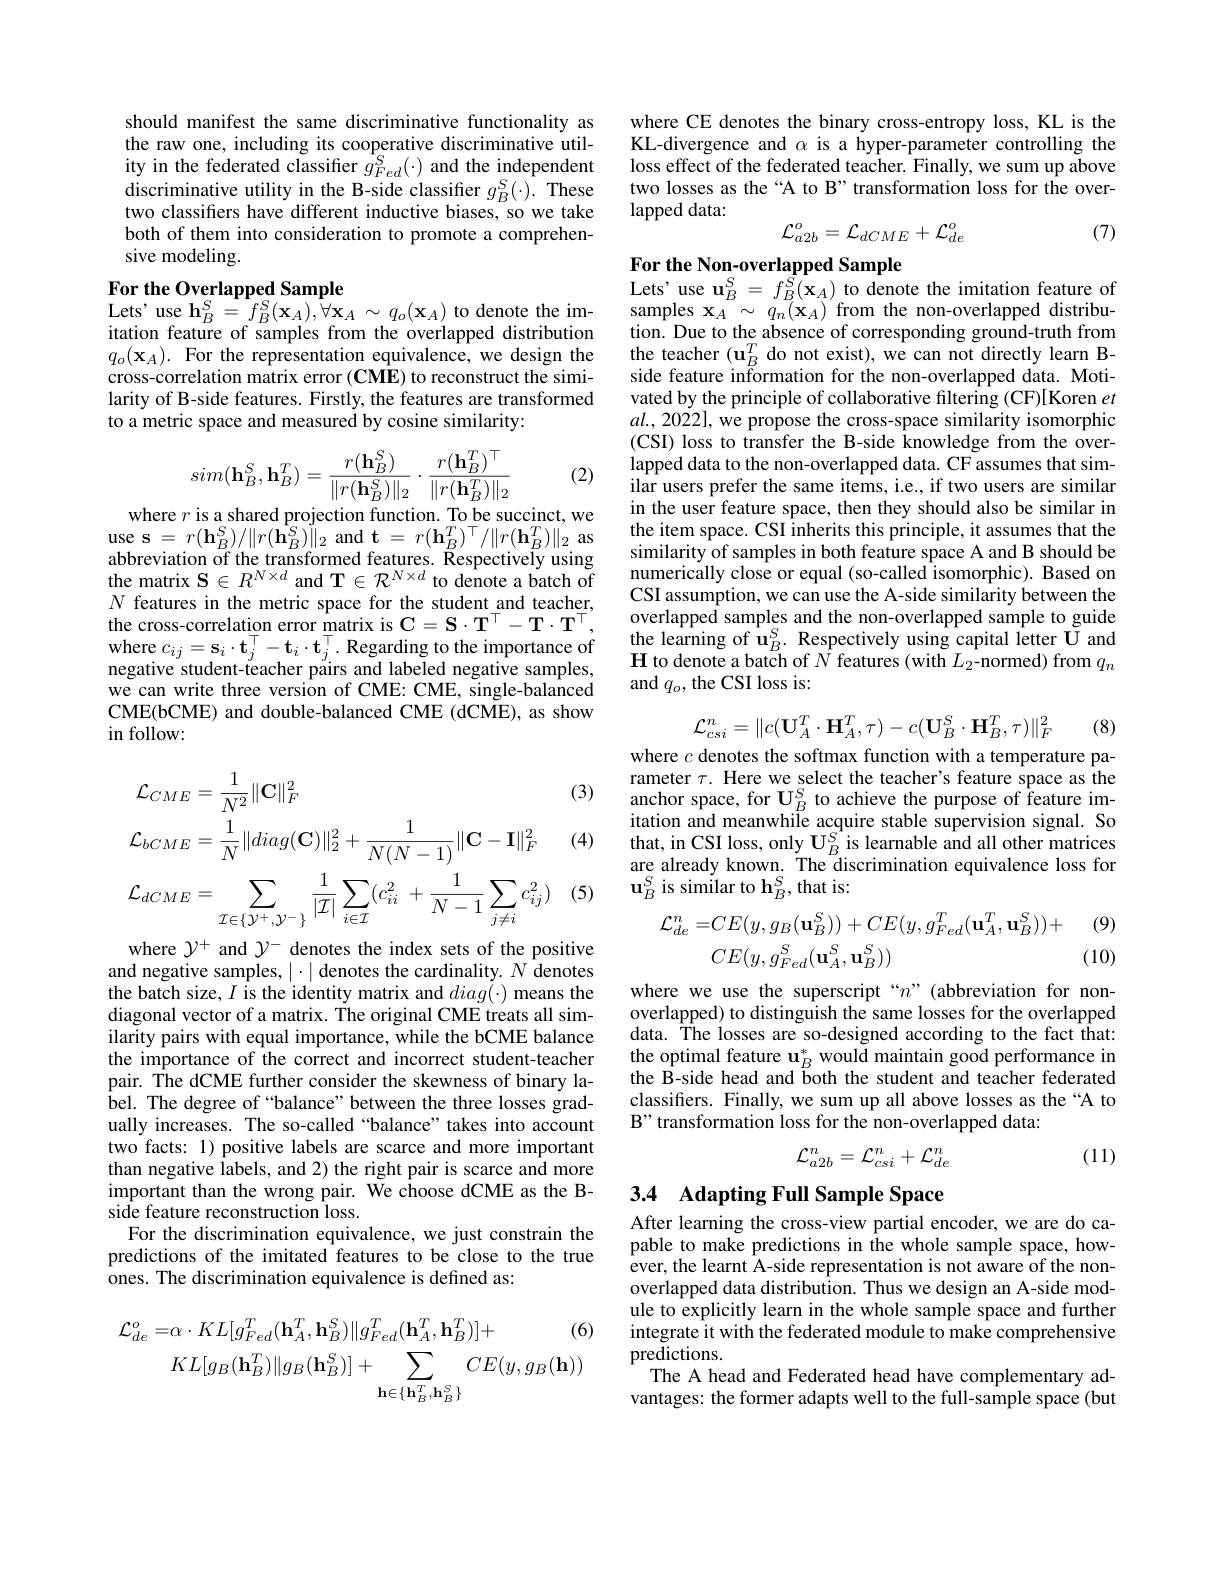
should manifest the same discriminative functionality as the raw one, including its cooperative discriminative utility in the federated classifier $g_{Fed}^{S}(\cdot)$ and the independent $\begin{array}{ll}\mathrm{discriminative~utility~in~the~B-side~classifier~}g_{B}^{S}(\cdot).&\mathrm{These}\\\mathrm{two~classifiers~have~different~inductive~biases,~so~we~take}\end{array}$ both of them into consideration to promote a comprehensive modeling.

## For the Overlapped Sample
$\begin{array}{l}{\mathrm{Lets'use~h}_{B}^{S}=f_{B}^{S}(\mathbf{x}_{A}),\bar{\forall}\mathbf{x}_{A}\sim q_{o}(\mathbf{x}_{A})\text{ to denote the im-}}\\{\mathrm{itation~feature~of~samples~from~the~overlapped~distribution}}\end{array}$

$q_{o}(\mathbf{x}_{A}).$ For the representation equivalence, we design the cross-correlation matrix error $(\mathbf{CME})$ to reconstruct the similarity of B-side features. Firstly, the features are transformed to a metric space and measured by cosine similarity:

(2)
$$sim(\mathbf{h}_B^S,\mathbf{h}_B^T)=\frac{r(\mathbf{h}_B^S)}{\|r(\mathbf{h}_B^S)\|_2}\cdot\frac{r(\mathbf{h}_B^T)^\top}{\|r(\mathbf{h}_B^T)\|_2}$$
where $r$ is a shared projection function. To be succinct, we

$\textbf{use s}= r( \mathbf{h} _{B}^{S}) / \| r( \mathbf{h} _{B}^{S}) \| _{2}$and t$=r(\mathbf{h}_{B}^{T})^{\top}/\|r(\mathbf{h}_{B}^{T})\|_{2}$as abbreviation of the transformed features. Respectively using the matrix $\mathbf{S}\in R^{N\times d}$ and T$\in\mathcal{R}^N\times d$ to denote a batch of $N$ features in the metric space for the student and teacher, the cross-correlation error matrix is $\mathbf{C}=\mathbf{S}\cdot\mathbf{T}^{\top}-\mathbf{T}\cdot\mathbf{T}^{\top}$, where $c_{ij}=\mathbf{s}_{i}\cdot\mathbf{t}_{j}^{\top}-\mathbf{t}_{i}\cdot\mathbf{t}_{j}^{\top}.$ Regarding to the importance of negative student-teacher páirs and labeled negative samples, we can write three version of CME: CME, single-balanced CME(bCME) and double-balanced CME (dCME), as show in follow:

(3)

(4)
$$\begin{aligned}&\mathcal{L}_{CME}=\frac{1}{N^{2}}\|\mathbf{C}\|_{F}^{2}\\&\mathcal{L}_{bCME}=\frac{1}{N}\|diag(\mathbf{C})\|_{2}^{2}+\frac{1}{N(N-1)}\|\mathbf{C}-\mathbf{I}\|_{F}^{2}\\&\mathcal{L}_{dCME}=\sum_{\mathcal{I}\in\{\mathcal{Y}^{+},\mathcal{Y}^{-}\}}\frac{1}{|\mathcal{I}|}\sum_{i\in\mathcal{I}}(c_{ii}^{2}+\frac{1}{N-1}\sum_{j\neq i}c_{ij}^{2})\\\end{aligned}$$
(5)

where $\mathcal{Y}^+$ and $\mathcal{Y}^-$ denotes the index sets of the positive and negative samples, $|\cdot|$ denotes the cardinality. $N$ denotes the batch size, $I$ is the identity matrix and $diag(\cdot)$ means the diagonal vector of a matrix. The original CME treats all similarity pairs with equal importance, while the bCME balance the importance of the correct and incorrect student-teacher pair. The dCME further consider the skewness of binary label. The degree of “balance” between the three losses gradually increases. The so-called“balance”takes into account two facts: 1) positive labels are scarce and more important than negative labels, and 2) the right pair is scarce and more important than the wrong pair. We choose dCME as the Bside feature reconstruction loss.
For the discrimination equivalence, we just constrain the predictions of the imitated features to be close to the true ones. The discrimination equivalence is defined as:
$$\begin{aligned}\mathcal{L}_{de}^{o}=&\alpha\cdot KL[g_{Fed}^{T}(\mathbf{h}_{A}^{T},\mathbf{h}_{B}^{S})\|g_{Fed}^{T}(\mathbf{h}_{A}^{T},\mathbf{h}_{B}^{T})]+&\text{(6)}\\&KL[g_{B}(\mathbf{h}_{B}^{T})\|g_{B}(\mathbf{h}_{B}^{S})]+\sum_{\mathbf{h}\in\{\mathbf{h}_{B}^{T},\mathbf{h}_{B}^{S}\}}CE(y,g_{B}(\mathbf{h}))\end{aligned}$$
where CE denotes the binary cross-entropy loss, KL is the KL-divergence and $\alpha$ is a hyper-parameter controlling the loss effect of the federated teacher. Finally, we sum up above two losses as the“A to B”transformation loss for the overlapped data:
$$\mathcal{L}_{a2b}^o=\mathcal{L}_{dCME}+\mathcal{L}_{de}^o$$
(7)

For the Non-overlapped Sample
$\begin{array}{l}{\mathrm{Lets'use~}\mathbf{u}_{B}^{S}=f_{B}^{S}(\mathbf{x}_{A})\text{ to denote the imitation feature of}}\\{\mathrm{samples~x}_{A}\sim q_{n}(\mathbf{x}_{A})\text{ from the non-overlapped distribu-}}\\{\mathrm{tion.~Due~to~the~absence~of~corresponding~ground-truth~from}}\end{array}$

$\begin{array}{l}{\mathrm{the~teacher~(u_{B}^{T}~do~not~exist),~we~can~not~directly~learn~B-}}\\{\mathrm{side~feature~information~for~the~non-overlapped~data.~Moti-}}\end{array}$ vated by the principle of collaborative filtering (CF)[Koren $et$ $al.,2022]$, we propose the cross-space similarity isomorphic (CSI) loss to transfer the B-side knowledge from the overlapped data to the non-overlapped data. CF assumes that similar users prefer the same items, i.e., if two users are similar in the user feature space, then they should also be similar in the item space. CSI inherits this principle, it assumes that the similarity of samples in both feature space A and B should be numerically close or equal (so-called isomorphic). Based on CSI assumption, we can use the A-side similarity between the overlapped samples and the non-overlapped sample to guide the learning of $\overset{.}\mathbf{u}_{B}^{S}.$ Respectively using capital letter $\overset{.}{\operatorname*{U}}$ and $\mathbf{H}$ to denote a batch of $N$ features (with $L_2$-normed) from $q_n$ and $q_o$, the CSI loss is
$$\mathcal{L}_{csi}^{n}=\|c(\mathbf{U}_{A}^{T}\cdot\mathbf{H}_{A}^{T},\tau)-c(\mathbf{U}_{B}^{S}\cdot\mathbf{H}_{B}^{T},\tau)\|_{F}^{2}$$
(8)

where $c$ denotes the softmax function with a temperature parameter $\tau.$ Here we select the teacher's feature space as the $\begin{array}{l}\mathrm{anchor~space,~for~U}_B^S\text{ to achieve the purpose of feature im-}\\\mathrm{itation~and~meanwhile~acquire~stable~supervision~signal.~So}\end{array}$ that, in CSI loss, only $\mathbf{U}_{B}^{S}$ is learnable and all other matrices are already known. The discrimination equivalence loss for $\mathbf{u}_{B}^{S}$ is similar to $\mathbf{h}_B^{S}$,that is:

(9)
$$\begin{aligned}\mathcal{L}_{de}^{n}=&CE(y,g_{B}(\mathbf{u}_{B}^{S}))+CE(y,g_{Fed}^{T}(\mathbf{u}_{A}^{T},\mathbf{u}_{B}^{S}))+\\&CE(y,g_{Fed}^{S}(\mathbf{u}_{A}^{S},\mathbf{u}_{B}^{S}))\end{aligned}$$
(10)

where we use the superscript“n”(abbreviation for nonoverlapped) to distinguish the same losses for the overlapped data. The losses are so-designed according to the fact that: $\begin{array}{l}\text{the optimal feature u}_B^*\text{would maintain good performance in}\\\text{the B-side head and both the student and teacher federated}\end{array}$ classifiers. Finally, we sum up all above losses as the“A to B" transformation loss for the non-overlapped data:

(11)
$$\mathcal{L}_{a2b}^n=\mathcal{L}_{csi}^n+\mathcal{L}_{de}^n$$
# 3.4 Adapting Full Sample Space

After learning the cross-view partial encoder, we are do capable to make predictions in the whole sample space, however, the learnt A-side representation is not aware of the nonoverlapped data distribution. Thus we design an A-side module to explicitly learn in the whole sample space and further integrate it with the federated module to make comprehensive predictions.
The A head and Federated head have complementary advantages: the former adapts well to the full-sample space(but